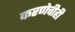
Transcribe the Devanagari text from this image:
करणेचीही